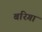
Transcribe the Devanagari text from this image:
बरिगा